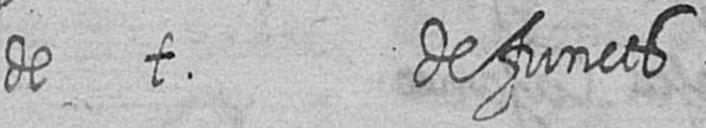
de t defuncts